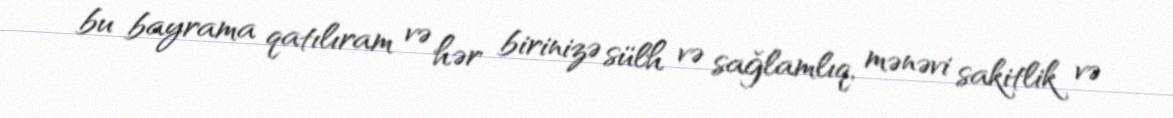
bu bayrama qatılıram və hər birinizə sülh və sağlamlıq, mənəvi sakitlik və